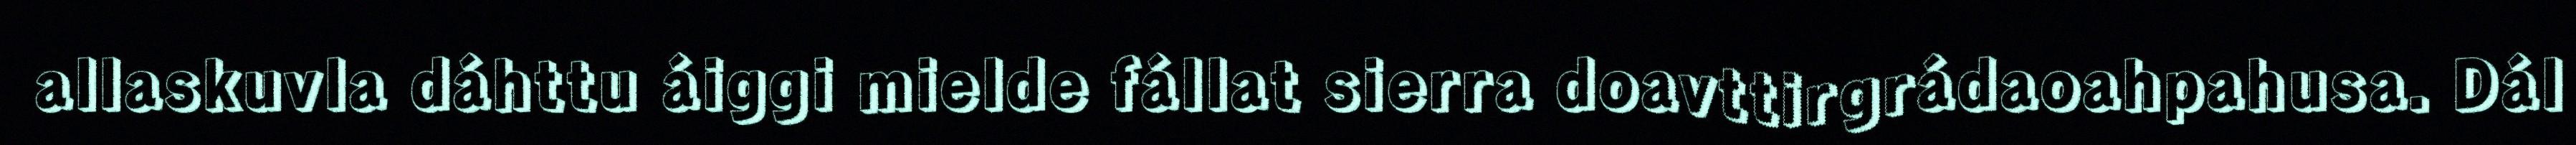
allaskuvla dáhttu áiggi mielde fállat sierra doavttirgrádaoahpahusa. Dál